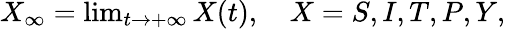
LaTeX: \begin{array}{r}{X_{\infty}=\operatorname*{lim}_{t\to+\infty}X(t),\quad X=S,I,T,P,Y,}\end{array}